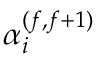
\alpha _ { i } ^ { ( f , f + 1 ) }